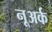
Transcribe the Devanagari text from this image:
नूअर्क